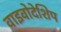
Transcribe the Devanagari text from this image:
वाइवोदेशिप